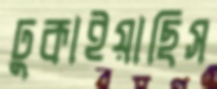
ঢুকাইয়াছিস